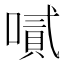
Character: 𠽬